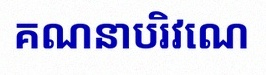
គណនាបរិវេណ